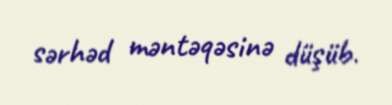
sərhəd məntəqəsinə düşüb.